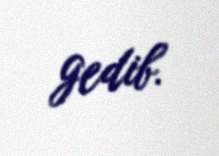
gedib.